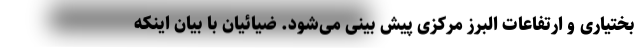
بختیاری و ارتفاعات البرز مرکزی پیش بینی می‌شود. ضیائیان با بیان اینکه